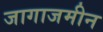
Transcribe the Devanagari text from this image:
जागाजमीन